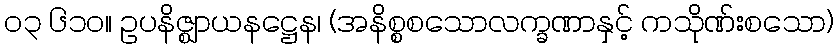
၀၃ ၆၁၀။ ဥပနိဇ္ဈာယနဋ္ဌေန၊ (အနိစ္စစသောလက္ခဏာနှင့် ကသိုဏ်းစသော)